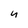
Character: 9